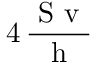
4 \, \frac { \mathrm { ~ S ~ v ~ } } { \mathrm { ~ h ~ } }